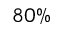
8 0 \%